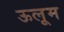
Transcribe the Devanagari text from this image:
ऊलूम